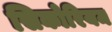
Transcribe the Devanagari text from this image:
सिकोरियम